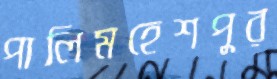
পালিমহেশপুর